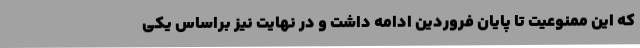
که این ممنوعیت تا پایان فروردین ادامه داشت و در نهایت نیز براساس یکی